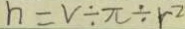
n = V \div \pi \div r ^ { 2 }